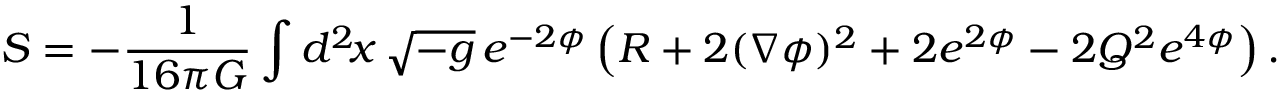
S = - \frac { 1 } { 1 6 \pi G } \int d ^ { 2 } \! x \, \sqrt { - g } \, e ^ { - 2 \phi } \left( R + 2 ( \nabla \phi ) ^ { 2 } + 2 e ^ { 2 \phi } - 2 Q ^ { 2 } e ^ { 4 \phi } \right) .